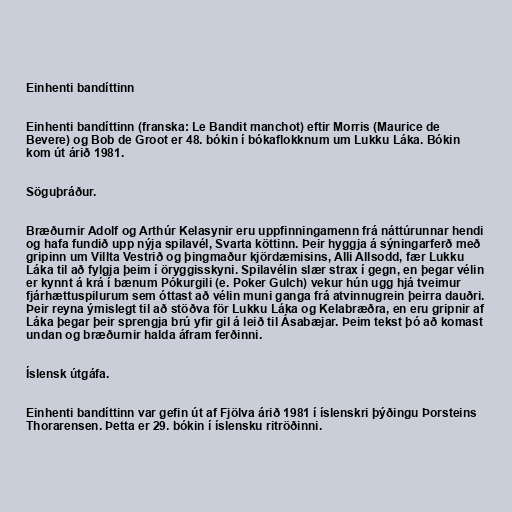
Einhenti bandíttinn

Einhenti bandíttinn (franska: Le Bandit manchot) eftir Morris (Maurice de
Bevere) og Bob de Groot er 48. bókin í bókaflokknum um Lukku Láka. Bókin
kom út árið 1981.

Söguþráður.

Bræðurnir Adolf og Arthúr Kelasynir eru uppfinningamenn frá náttúrunnar hendi
og hafa fundið upp nýja spilavél, Svarta köttinn. Þeir hyggja á sýningarferð með
gripinn um Villta Vestrið og þingmaður kjördæmisins, Alli Allsodd, fær Lukku
Láka til að fylgja þeim í öryggisskyni. Spilavélin slær strax í gegn, en þegar vélin
er kynnt á krá í bænum Pókurgili (e. Poker Gulch) vekur hún ugg hjá tveimur
fjárhættuspilurum sem óttast að vélin muni ganga frá atvinnugrein þeirra dauðri.
Þeir reyna ýmislegt til að stöðva för Lukku Láka og Kelabræðra, en eru gripnir af
Láka þegar þeir sprengja brú yfir gil á leið til Ásabæjar. Þeim tekst þó að komast
undan og bræðurnir halda áfram ferðinni.

Íslensk útgáfa.

Einhenti bandíttinn var gefin út af Fjölva árið 1981 í íslenskri þýðingu Þorsteins
Thorarensen. Þetta er 29. bókin í íslensku ritröðinni.